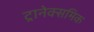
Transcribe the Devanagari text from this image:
ट्रानेक्समिक